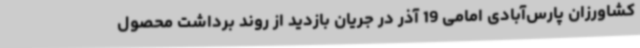
کشاورزان پارس‌آبادی امامی 19 آذر در جریان بازدید از روند برداشت محصول